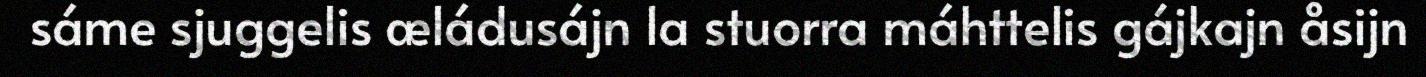
sáme sjuggelis æládusájn la stuorra máhttelis gájkajn åsijn